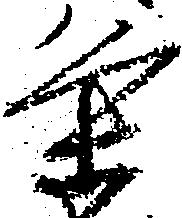
条